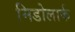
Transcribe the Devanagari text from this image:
मिडोलार्क